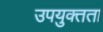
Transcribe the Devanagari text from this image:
उपयुक्‍तता